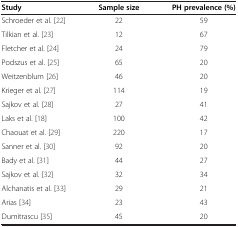
<table><thead><tr><td><b>Study</b></td><td><b>Sample size</b></td><td><b>PH prevalence (%)</b></td></tr></thead><tbody><tr><td>Schroeder et al. [22]</td><td>22</td><td>59</td></tr><tr><td>Tilkian et al. [23]</td><td>12</td><td>67</td></tr><tr><td>Fletcher et al. [24]</td><td>24</td><td>79</td></tr><tr><td>Podszus et al. [25]</td><td>65</td><td>20</td></tr><tr><td>Weitzenblum [26]</td><td>46</td><td>20</td></tr><tr><td>Krieger et al. [27]</td><td>114</td><td>19</td></tr><tr><td>Sajkov et al. [28]</td><td>27</td><td>41</td></tr><tr><td>Laks et al. [18]</td><td>100</td><td>42</td></tr><tr><td>Chaouat et al. [29]</td><td>220</td><td>17</td></tr><tr><td>Sanner et al. [30]</td><td>92</td><td>20</td></tr><tr><td>Bady et al. [31]</td><td>44</td><td>27</td></tr><tr><td>Sajkov et al. [32]</td><td>32</td><td>34</td></tr><tr><td>Alchanatis et al. [33]</td><td>29</td><td>21</td></tr><tr><td>Arias [34]</td><td>23</td><td>43</td></tr><tr><td>Dumitrascu [35]</td><td>45</td><td>20</td></tr></tbody></table>